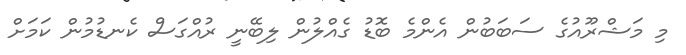
މި މަޝްރޫއުގެ ސަބަބުން އެންމެ ބޮޑު ގެއްލުން ލިބޭނީ ރުއްގަސް ކެނޑުމުން ކަމަށް